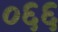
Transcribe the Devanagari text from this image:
०६६